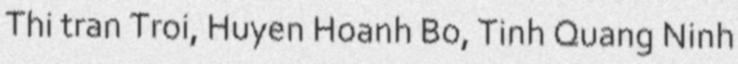
Thi tran Troi, Huyen Hoanh Bo, Tinh Quang Ninh